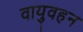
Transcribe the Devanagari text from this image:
वायुवहन